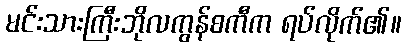
မင်းသားကြီးဘိုလကွန်စကီက ရပ်လိုက်၏။